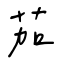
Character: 茄